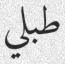
طبلي